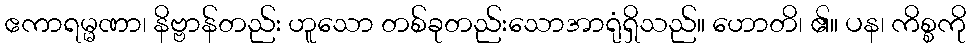
ဧကာရမ္မဏာ၊ နိဗ္ဗာန်တည်း ဟူသော တစ်ခုတည်းသောအာရုံရှိသည်။ ဟောတိ၊ ၏။ ပန၊ ကိစ္စကို